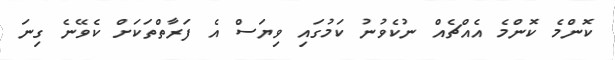
ކޮންމެ ކޮންމެ އެއްޗެއް ނުކެވުނު ކަމުގައި ވިޔަސް އެ ފަރާތްތަކަށް ކެވޭނެ ގިނަ